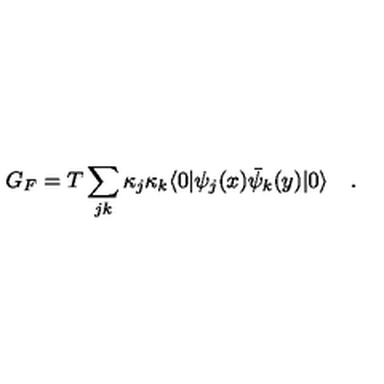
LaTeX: G _ { F } = T \sum _ { j k } \kappa _ { j } \kappa _ { k } \langle 0 | \psi _ { j } ( x ) \bar { \psi } _ { k } ( y ) | 0 \rangle \quad .